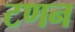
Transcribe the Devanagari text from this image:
टणन